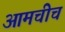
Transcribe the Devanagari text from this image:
आमचीच